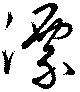
漂